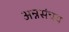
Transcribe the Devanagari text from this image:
अन्नसंचय